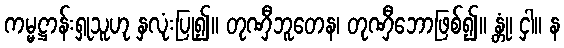
ကမ္မဋ္ဌာန်းရှုသူဟု နှလုံးပြု၍။ တုဏှီဘူတေန၊ တုဏှီဘောဖြစ်၍။ န္တုံ၊ ငှါ။ န